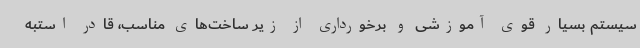
سیستم بسیار قوی آموزشی و برخورداری از زیر ساخت‌های مناسب، قادر استبه